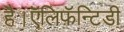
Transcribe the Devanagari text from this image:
है।ऍलिफ़ॅन्टिडी